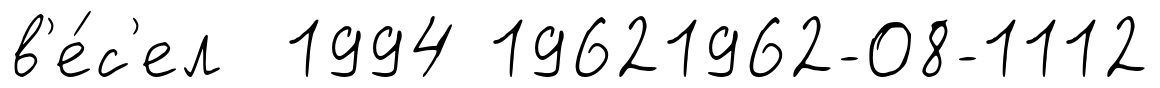
в'е́с'ел 1994 19621962-08-1112